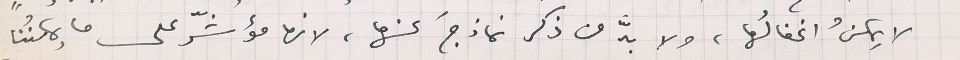
لا يمكنُ اغفالُها، ولا بدّ من ذكر نماذجَ عنها، لانها مؤشّر على ما يمكنُنا